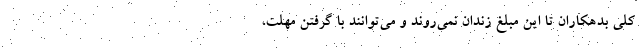
کلی بدهکاران تا این مبلغ زندان نمی‌روند و می‌توانند با گرفتن مهلت،